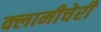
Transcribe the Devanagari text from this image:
क्‍लामीचेरी